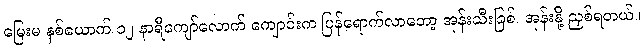
မြေးမ နှစ်ယောက် ၁၂ နာရီကျော်လောက် ကျောင်းက ပြန်ရောက်လာတော့ အုန်းသီးခြစ်၊ အုန်းနို့ ညှစ်ရတယ်။